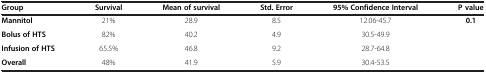
<table><thead><tr><td><b>Group</b></td><td><b>Survival</b></td><td><b>Mean of survival</b></td><td><b>Std. Error</b></td><td><b>95% Confidence Interval</b></td><td><b>P value</b></td></tr></thead><tbody><tr><td><b>Mannitol</b></td><td>21%</td><td>28.9</td><td>8.5</td><td>12.06-45.7</td><td><b>0.1</b></td></tr><tr><td><b>Bolus of HTS</b></td><td>82%</td><td>40.2</td><td>4.9</td><td>30.5-49.9</td><td> </td></tr><tr><td><b>Infusion of HTS</b></td><td>65.5%</td><td>46.8</td><td>9.2</td><td>28.7-64.8</td><td> </td></tr><tr><td><b>Overall</b></td><td>48%</td><td>41.9</td><td>5.9</td><td>30.4-53.5</td><td> </td></tr></tbody></table>